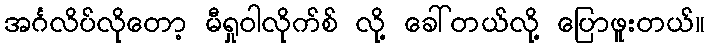
အင်္ဂလိပ်လိုတော့ မီရှုဝါလိုက်စ် လို့ ခေါ်တယ်လို့ ပြောဖူးတယ်။